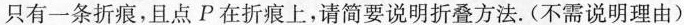
只有一条折痕，且点P在折痕上，请简要说明折叠方法。(不需说明理由)